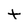
Character: t